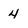
Character: 4